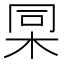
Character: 𣑸